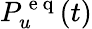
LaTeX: P_{u}^{\mathrm{~e~q~}}(t)